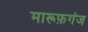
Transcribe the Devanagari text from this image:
मारूफ़गंज